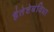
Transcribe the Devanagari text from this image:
हैतेष्टेबंविधा